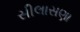
સીલાસણા